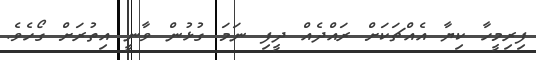
ފިރިމީހާ ކިޔާ އެއްޗަކަށް ރައްދެއް ދީފި ނަމަ ގުޅުން ވާނީ އިތުރަށް ގޯހެވެ.